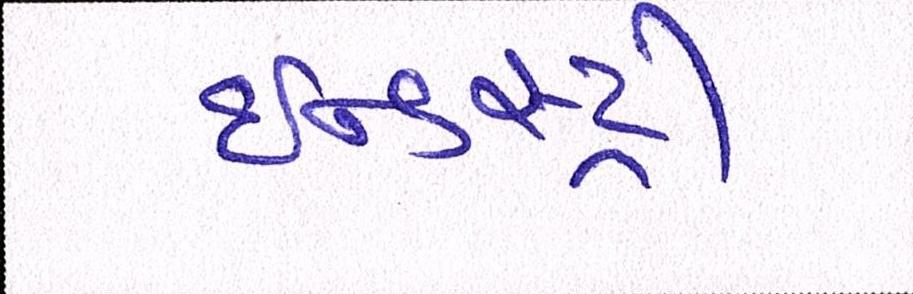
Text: ઈન્ડસ્ટ્રી